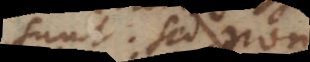
sunt. Sed non